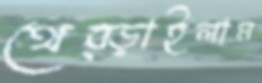
থেব্‌ড়াইলাম